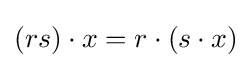
(rs)\cdot x=r\cdot (s\cdot x)